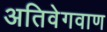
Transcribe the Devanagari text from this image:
अतिवेगवाण